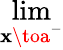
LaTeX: \operatorname*{lim}_{\mathbf{x}\toa^{-}}